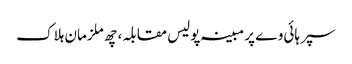
سپر ہائی وے پر مبینہ پولیس مقابلہ، چھ ملزمان ہلاک